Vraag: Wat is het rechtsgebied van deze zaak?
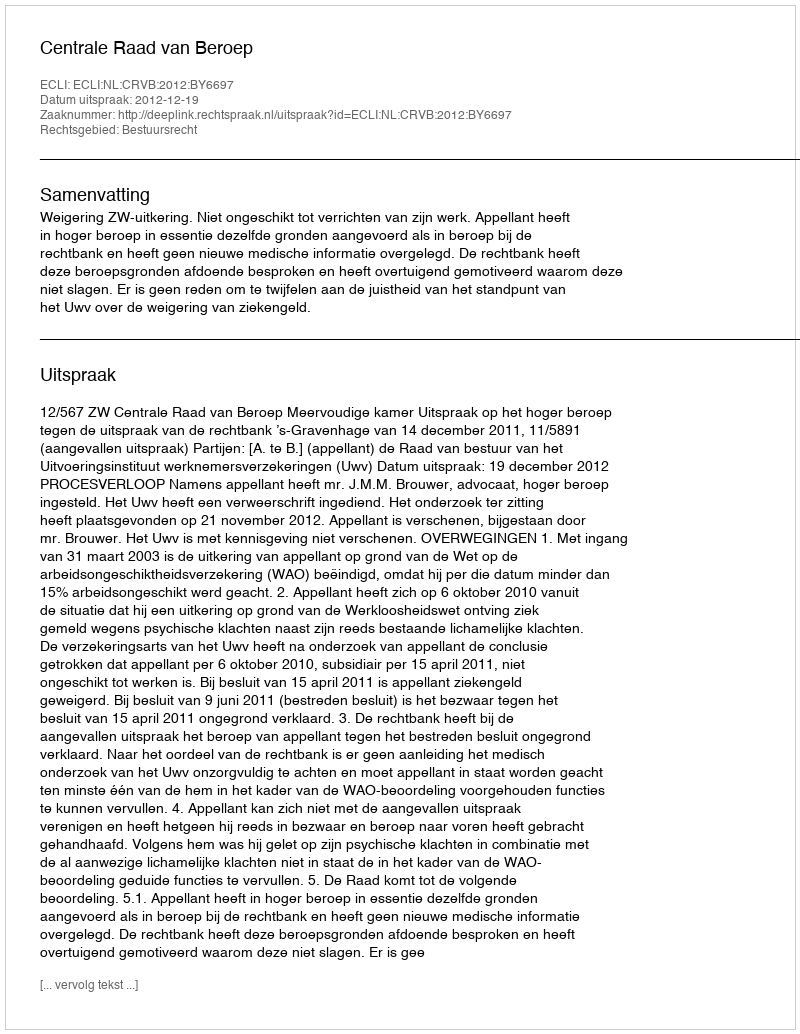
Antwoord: Bestuursrecht